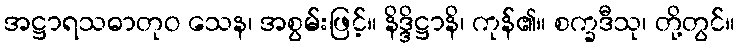
အဋ္ဌာရသဓာတုဝ သေန၊ အစွမ်းဖြင့်။ နိဒ္ဒိဋ္ဌာနိ၊ ကုန်၏။ စက္ခဒီသု၊ တို့တွင်။